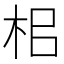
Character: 㭒